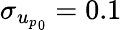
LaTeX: \sigma_{{u_{p}}_{0}}=0.1